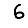
Digit: 6